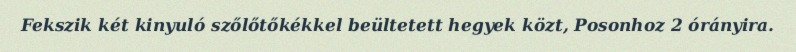
Fekszik két kinyuló szőlőtőkékkel beültetett hegyek közt, Posonhoz 2 órányira.